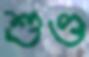
শুণ্ড